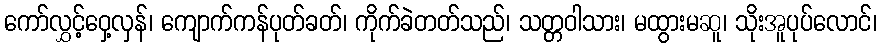
ကော်လွှင့်ဝှေ့လှန်၊ ကျောက်ကန်ပုတ်ခတ်၊ ကိုက်ခဲတတ်သည်၊ သတ္တဝါသား၊ မထွားမဆူ၊ သိုးအူပုပ်လောင်၊